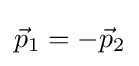
{\vec {p}}_{1}=-{\vec {p}}_{2}